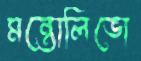
মন্তোলিভো